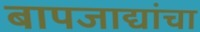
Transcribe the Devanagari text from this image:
बापजाद्यांचा